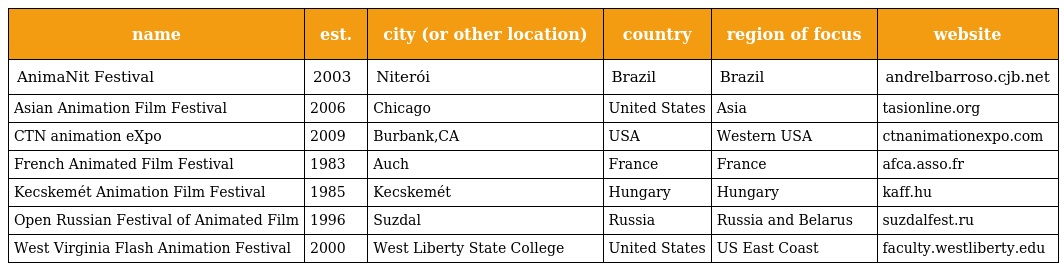
| name | est. | city (or other location) | country | region of focus | website |
 | --- | --- | --- | --- | --- | --- |
 | AnimaNit Festival | 2003 | Niterói | Brazil | Brazil | andrelbarroso.cjb.net |
 | Asian Animation Film Festival | 2006 | Chicago | United States | Asia | tasionline.org |
 | CTN animation eXpo | 2009 | Burbank,CA | USA | Western USA | ctnanimationexpo.com |
 | French Animated Film Festival | 1983 | Auch | France | France | afca.asso.fr |
 | Kecskemét Animation Film Festival | 1985 | Kecskemét | Hungary | Hungary | kaff.hu |
 | Open Russian Festival of Animated Film | 1996 | Suzdal | Russia | Russia and Belarus | suzdalfest.ru |
 | West Virginia Flash Animation Festival | 2000 | West Liberty State College | United States | US East Coast | faculty.westliberty.edu |